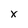
Character: x